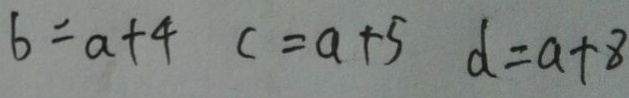
b = a + 4 c = a + 5 d = a + 8